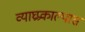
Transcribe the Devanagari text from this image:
व्याघ्रप्रकाल्पास